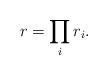
LaTeX: \begin{align*} r=\prod_i r_i. \end{align*}